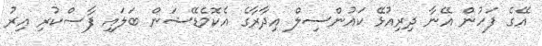
އޭގެ ފަހުން އޭނާ ދިރިއުޅޭ ކައުންސިލް އިދާރާގެ އެކޮމެޑޭޝަން ބަލައި ފާސްކުރި އިރު